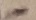
Text: -